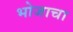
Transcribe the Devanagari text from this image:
भोजाचा